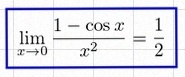
\lim_{x\to0}\frac{1-\cos x}{x^2}=\frac12